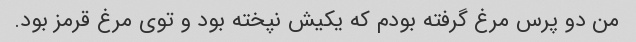
من دو پرس مرغ گرفته بودم که یکیش نپخته بود و توی مرغ قرمز بود.